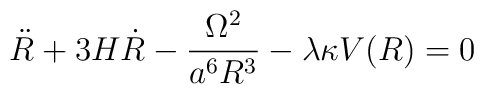
\ddot{R}+3H\dot{R}-\frac{\Omega^2}{a^6R^3}-\lambda\kappa V(R)=0